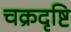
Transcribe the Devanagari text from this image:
चक्रदृष्टि